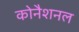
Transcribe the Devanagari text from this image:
कोनैशनल